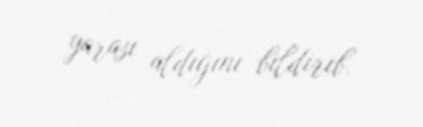
yarası aldığını bildirib.